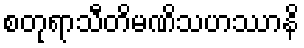
စတုရာသီတိမဏိသဟဿာနိ